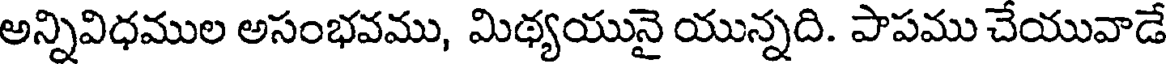
అన్నివిధముల అసంభవము, మిథ్యయునై యున్నది. పాపము చేయువాడే